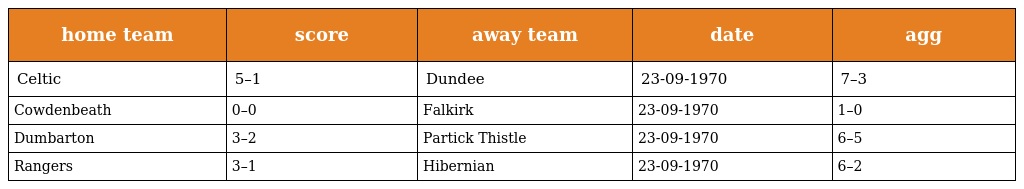
| home team | score | away team | date | agg |
 | --- | --- | --- | --- | --- |
 | Celtic | 5–1 | Dundee | 23-09-1970 | 7–3 |
 | Cowdenbeath | 0–0 | Falkirk | 23-09-1970 | 1–0 |
 | Dumbarton | 3–2 | Partick Thistle | 23-09-1970 | 6–5 |
 | Rangers | 3–1 | Hibernian | 23-09-1970 | 6–2 |